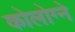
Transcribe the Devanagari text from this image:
कोलोग्ने